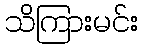
သိကြားမင်း